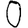
Digit: 0